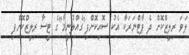
ލަވަ ރިލީޒްކޮށް ދެ ޕާޓްނަރަކާ އެކު ސޮއިކޮށްފި"ގެއްލުނީމާ"ގެ ޓީސާ ރިލީޒްކޮށްފި